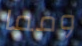
ومما